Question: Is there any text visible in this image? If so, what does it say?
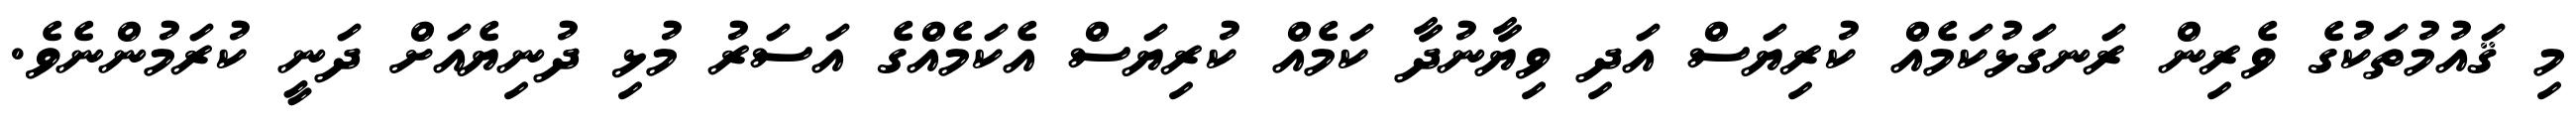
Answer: މި ޤައުމުތަކުގެ ވެރިން ރަނގަޅުކަމެއް ކުރިޔަސް އަދި ވިޔާނުދާ ކަމެއް ކުރިޔަސް އެކަމެއްގެ އަސަރު މުޅި ދުނިޔެއަށް ދަނީ ކުރަމުންނެވެ.